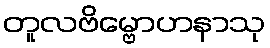
တူလဗိမ္ဗောဟနာသု